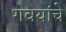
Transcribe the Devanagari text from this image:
गवयांचे